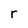
Character: r